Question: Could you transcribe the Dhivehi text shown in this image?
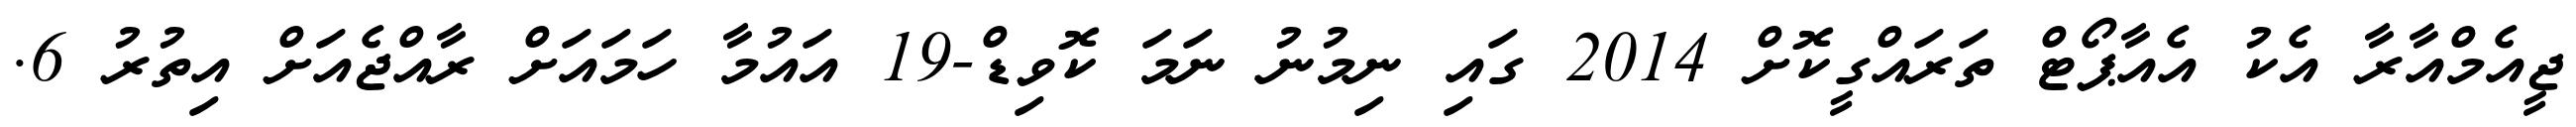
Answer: ޖީއެމްއާރާ އެކު އެއާޕޯޓް ތަރައްގީކޮށް 2014 ގައި ނިމުނު ނަމަ ކޮވިޑް-19 އައުމާ ހަމައަށް ރާއްޖެއަށް އިތުރު 6.